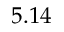
5 . 1 4